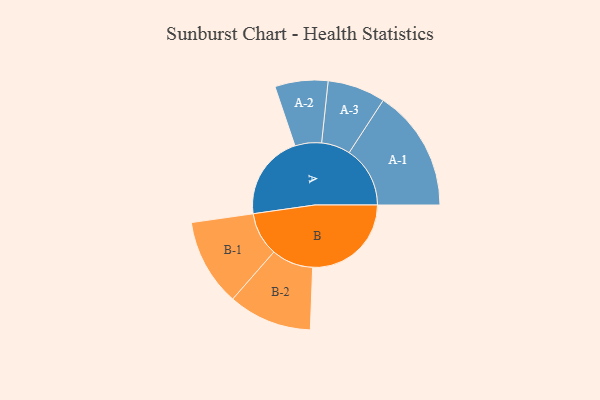
{"axis": {"x": "Segment", "y": "Value"}, "legend": ["", "A", "B"], "data": [{"x": "A", "y": 417, "type": ""}, {"x": "B", "y": 484, "type": ""}, {"x": "A-1", "y": 299, "type": "A"}, {"x": "A-2", "y": 130, "type": "A"}, {"x": "A-3", "y": 142, "type": "A"}, {"x": "B-1", "y": 214, "type": "B"}, {"x": "B-2", "y": 205, "type": "B"}]}